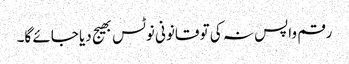
رقم واپس نہ کی تو قانونی نوٹس بھیج دیا جائے گا۔